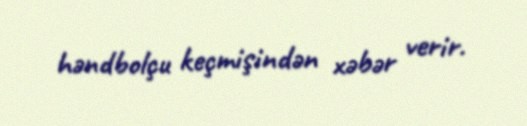
həndbolçu keçmişindən xəbər verir.